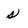
Character: s